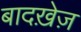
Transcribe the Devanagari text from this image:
बादख़ेज़